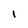
Character: 1